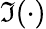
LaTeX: \Im(\cdot)